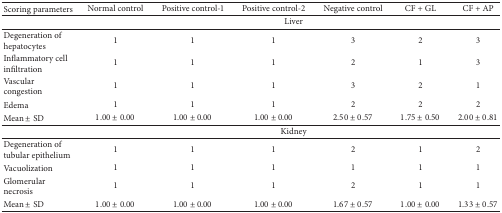
<table><thead><tr><td><b>Scoring parameters</b></td><td><b>Normal control</b></td><td><b>Positive control-1</b></td><td><b>Positive control-2</b></td><td><b>Negative control</b></td><td><b>CF + GL</b></td><td><b>CF + AP</b></td></tr></thead><tbody><tr><td> </td><td colspan="6">Liver</td></tr><tr><td>Degeneration of hepatocytes</td><td>1</td><td>1</td><td>1</td><td>3</td><td>2</td><td>3</td></tr><tr><td>Inflammatory cell infiltration</td><td>1</td><td>1</td><td>1</td><td>2</td><td>1</td><td>3</td></tr><tr><td>Vascular congestion</td><td>1</td><td>1</td><td>1</td><td>3</td><td>2</td><td>1</td></tr><tr><td>Edema</td><td>1</td><td>1</td><td>1</td><td>2</td><td>2</td><td>2</td></tr><tr><td>Mean ± SD</td><td>1.00 ± 0.00</td><td>1.00 ± 0.00</td><td>1.00 ± 0.00</td><td>2.50 ± 0.57</td><td>1.75 ± 0.50</td><td>2.00 ± 0.81</td></tr><tr><td> </td><td colspan="6">Kidney</td></tr><tr><td>Degeneration of tubular epithelium</td><td>1</td><td>1</td><td>1</td><td>2</td><td>1</td><td>2</td></tr><tr><td>Vacuolization</td><td>1</td><td>1</td><td>1</td><td>1</td><td>1</td><td>1</td></tr><tr><td>Glomerular necrosis</td><td>1</td><td>1</td><td>1</td><td>2</td><td>1</td><td>1</td></tr><tr><td>Mean ± SD</td><td>1.00 ± 0.00</td><td>1.00 ± 0.00</td><td>1.00 ± 0.00</td><td>1.67 ± 0.57</td><td>1.00 ± 0.00</td><td>1.33 ± 0.57</td></tr></tbody></table>